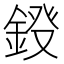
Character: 𮢀